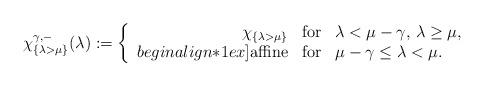
LaTeX: \begin{align*}\chi^{\gamma,-}_{\{\lambda>\mu\}}(\lambda):=\left\{\begin{array}{rcl}\chi_{\{\lambda>\mu\}}&{\rm for}& \lambda<\mu-\gamma, \, \lambda\ge \mu,\\begin{align*}1ex]{\rm {affine}} &{\rm for} &\mu-\gamma\le\lambda<\mu.\end{array}\right.\end{align*}